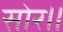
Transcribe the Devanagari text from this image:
सोर॥